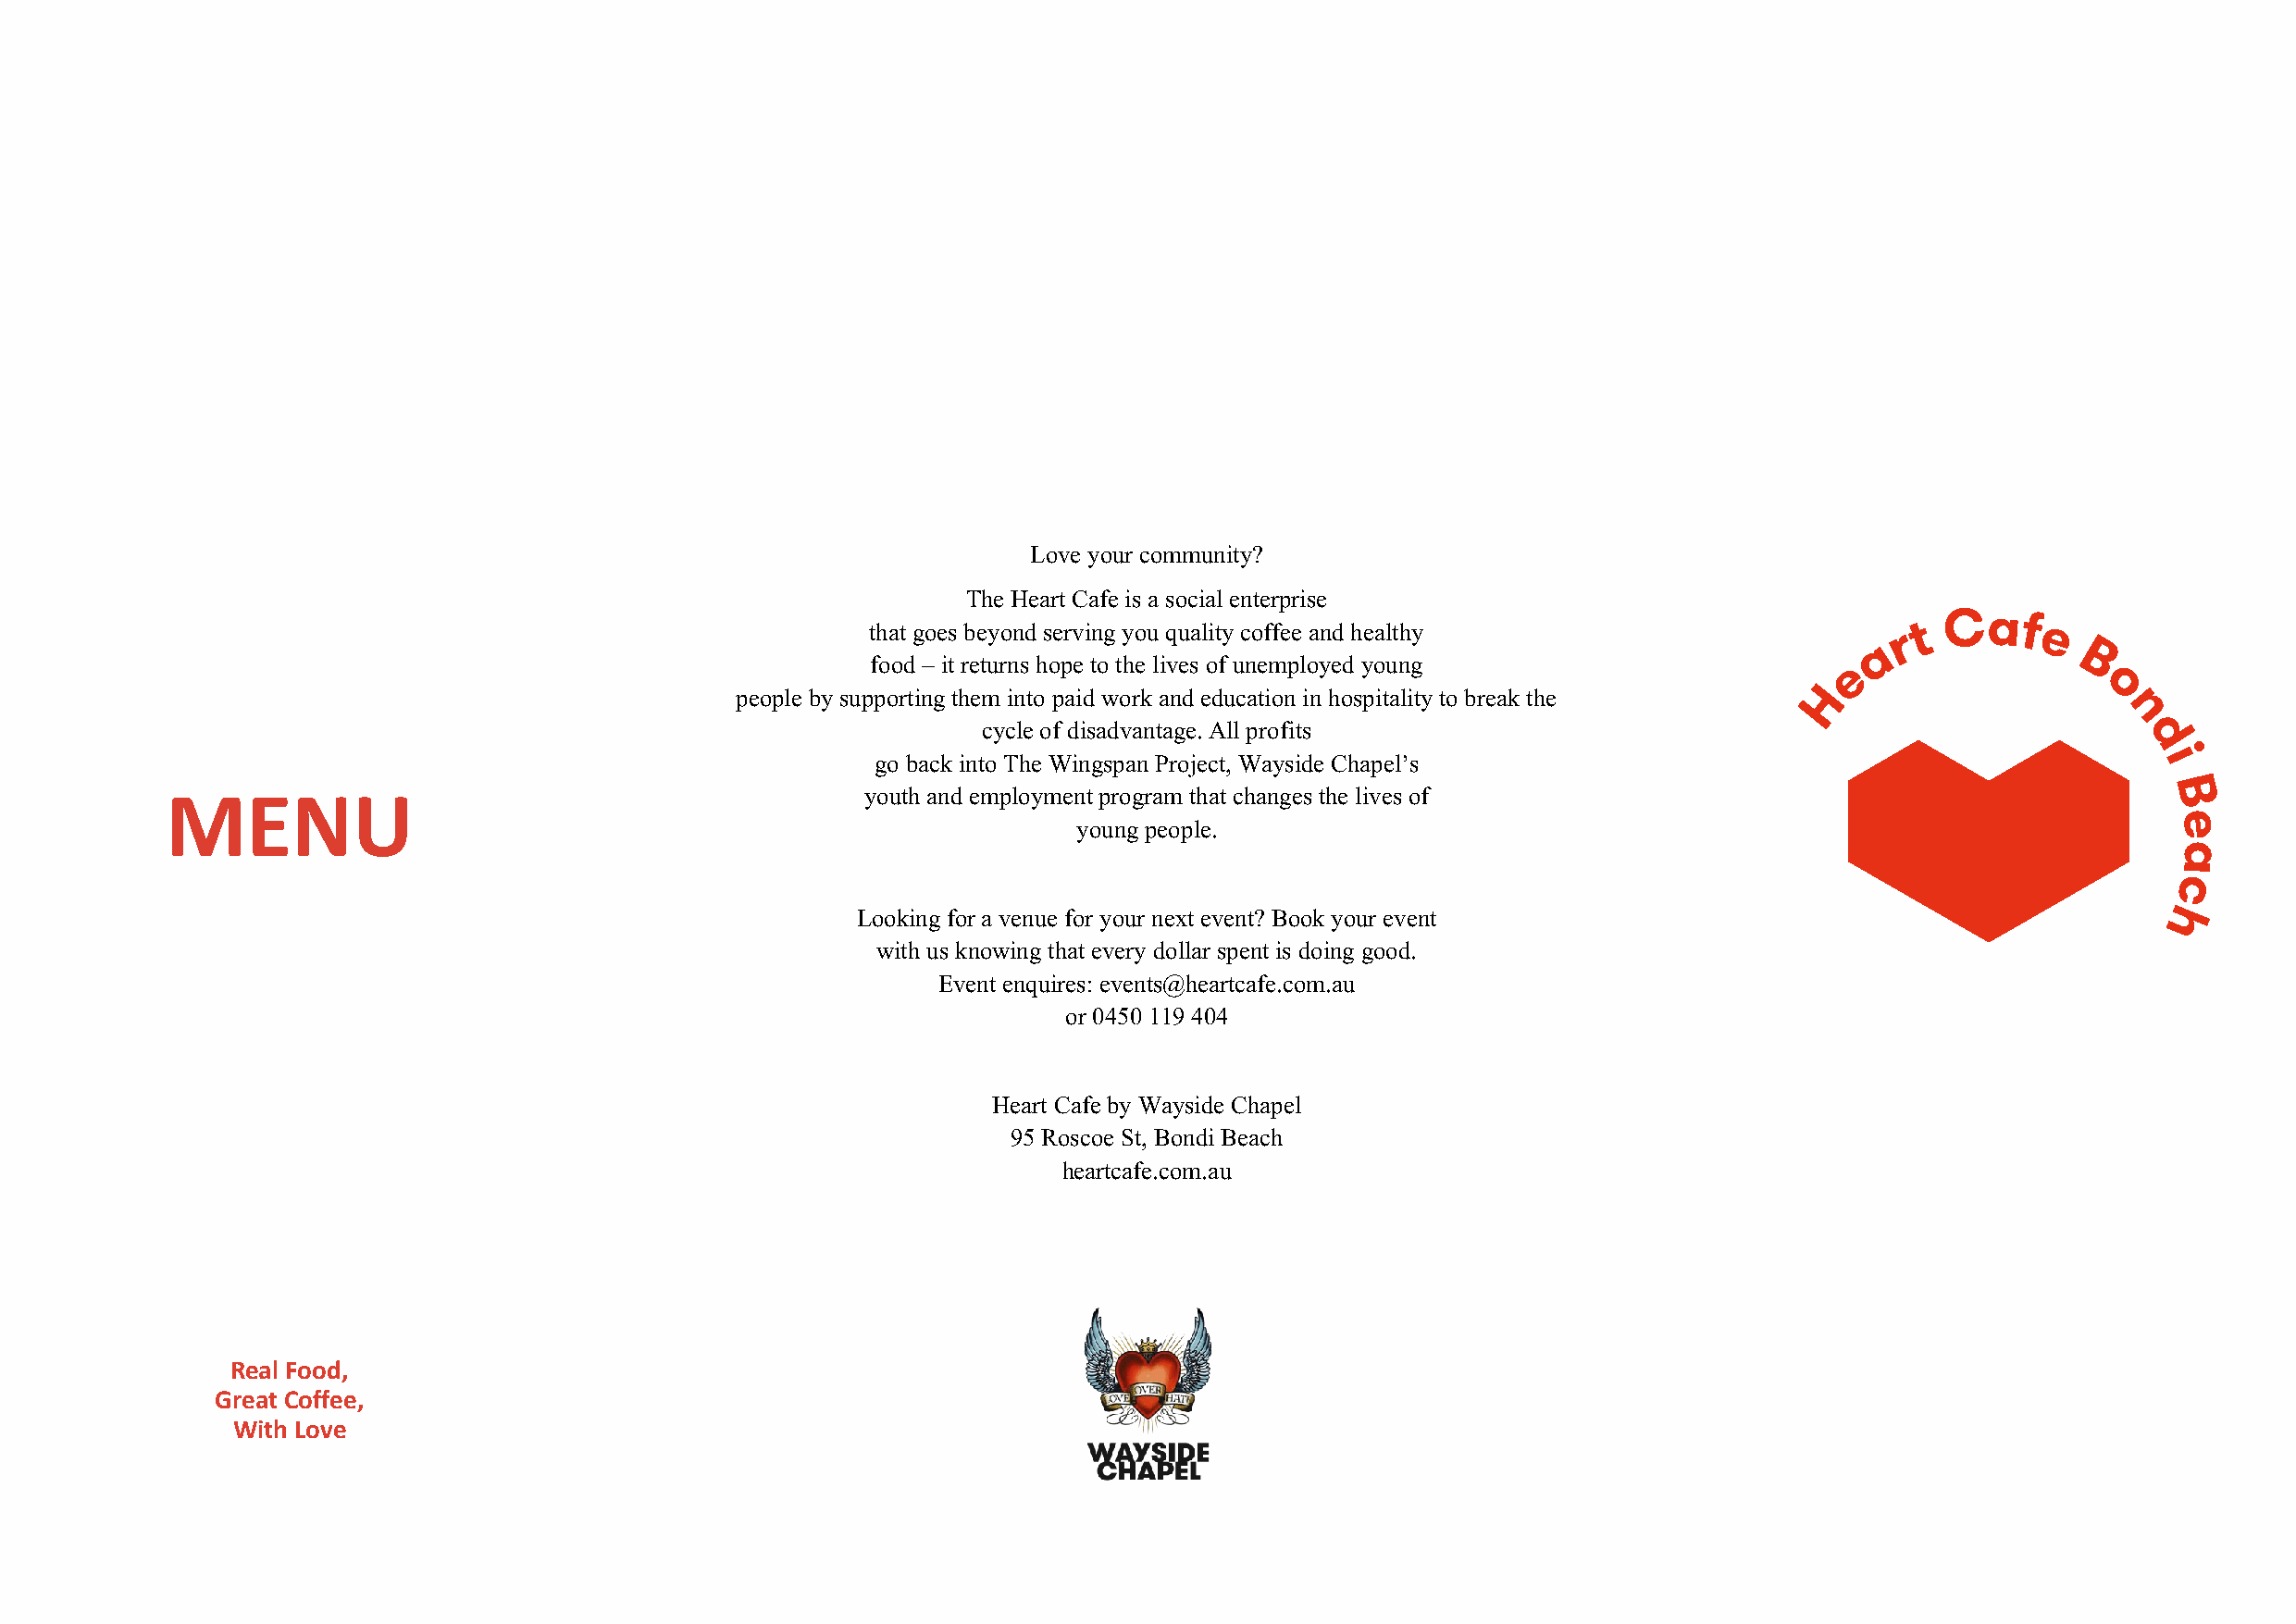
Love your community?
 The Heart Cafe is a social enterprise
 that goes beyond serving you quality coffee and healthy
 food – it returns hope to the lives of unemployed young
 people by supporting them into paid work and education in hospitality to break the
 cycle of disadvantage. All profits
 go back into The Wingspan Project, Wayside Chapel’s
 MENU                                              youth and employment program that changes the lives of
 young people.
 Looking for a venue for your next event? Book your event
 with us knowing that every dollar spent is doing good.
 Event enquires: events@heartcafe.com.au
 or 0450 119 404
 Heart Cafe by Wayside Chapel
 95 Roscoe St, Bondi Beach
 heartcafe.com.au
 Real Food,
 Great Coffee,
 With Love